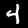
Label: 4